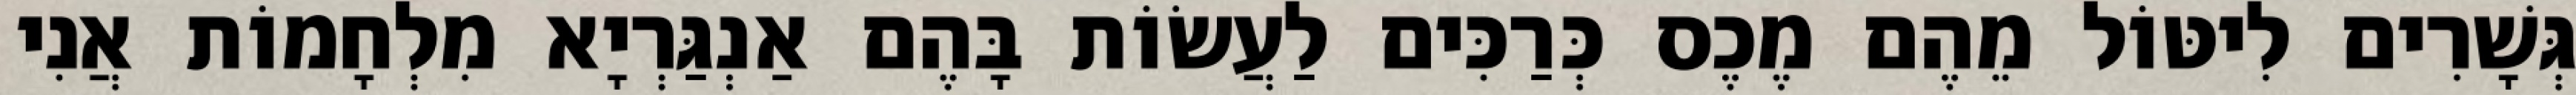
גְּשָׁרִים לִיטּוֹל מֵהֶם מֶכֶס כְּרַכִּים לַעֲשׂוֹת בָּהֶם אַנְגַּרְיָא מִלְחָמוֹת אֲנִי